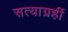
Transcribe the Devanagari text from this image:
सत्याग्रहीं